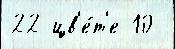
22 цв'е́т'е 10